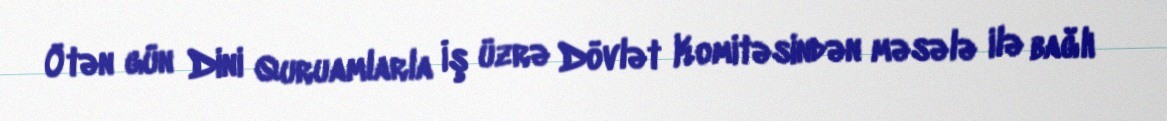
Ötən gün Dini Quruamlarla İş üzrə Dövlət Komitəsindən məsələ ilə bağlı